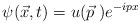
LaTeX: \begin{align*}\psi (\vec{x},t) = u (\vec{p} \; ) e^{-ipx}\end{align*}